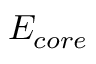
E _ { c o r e }